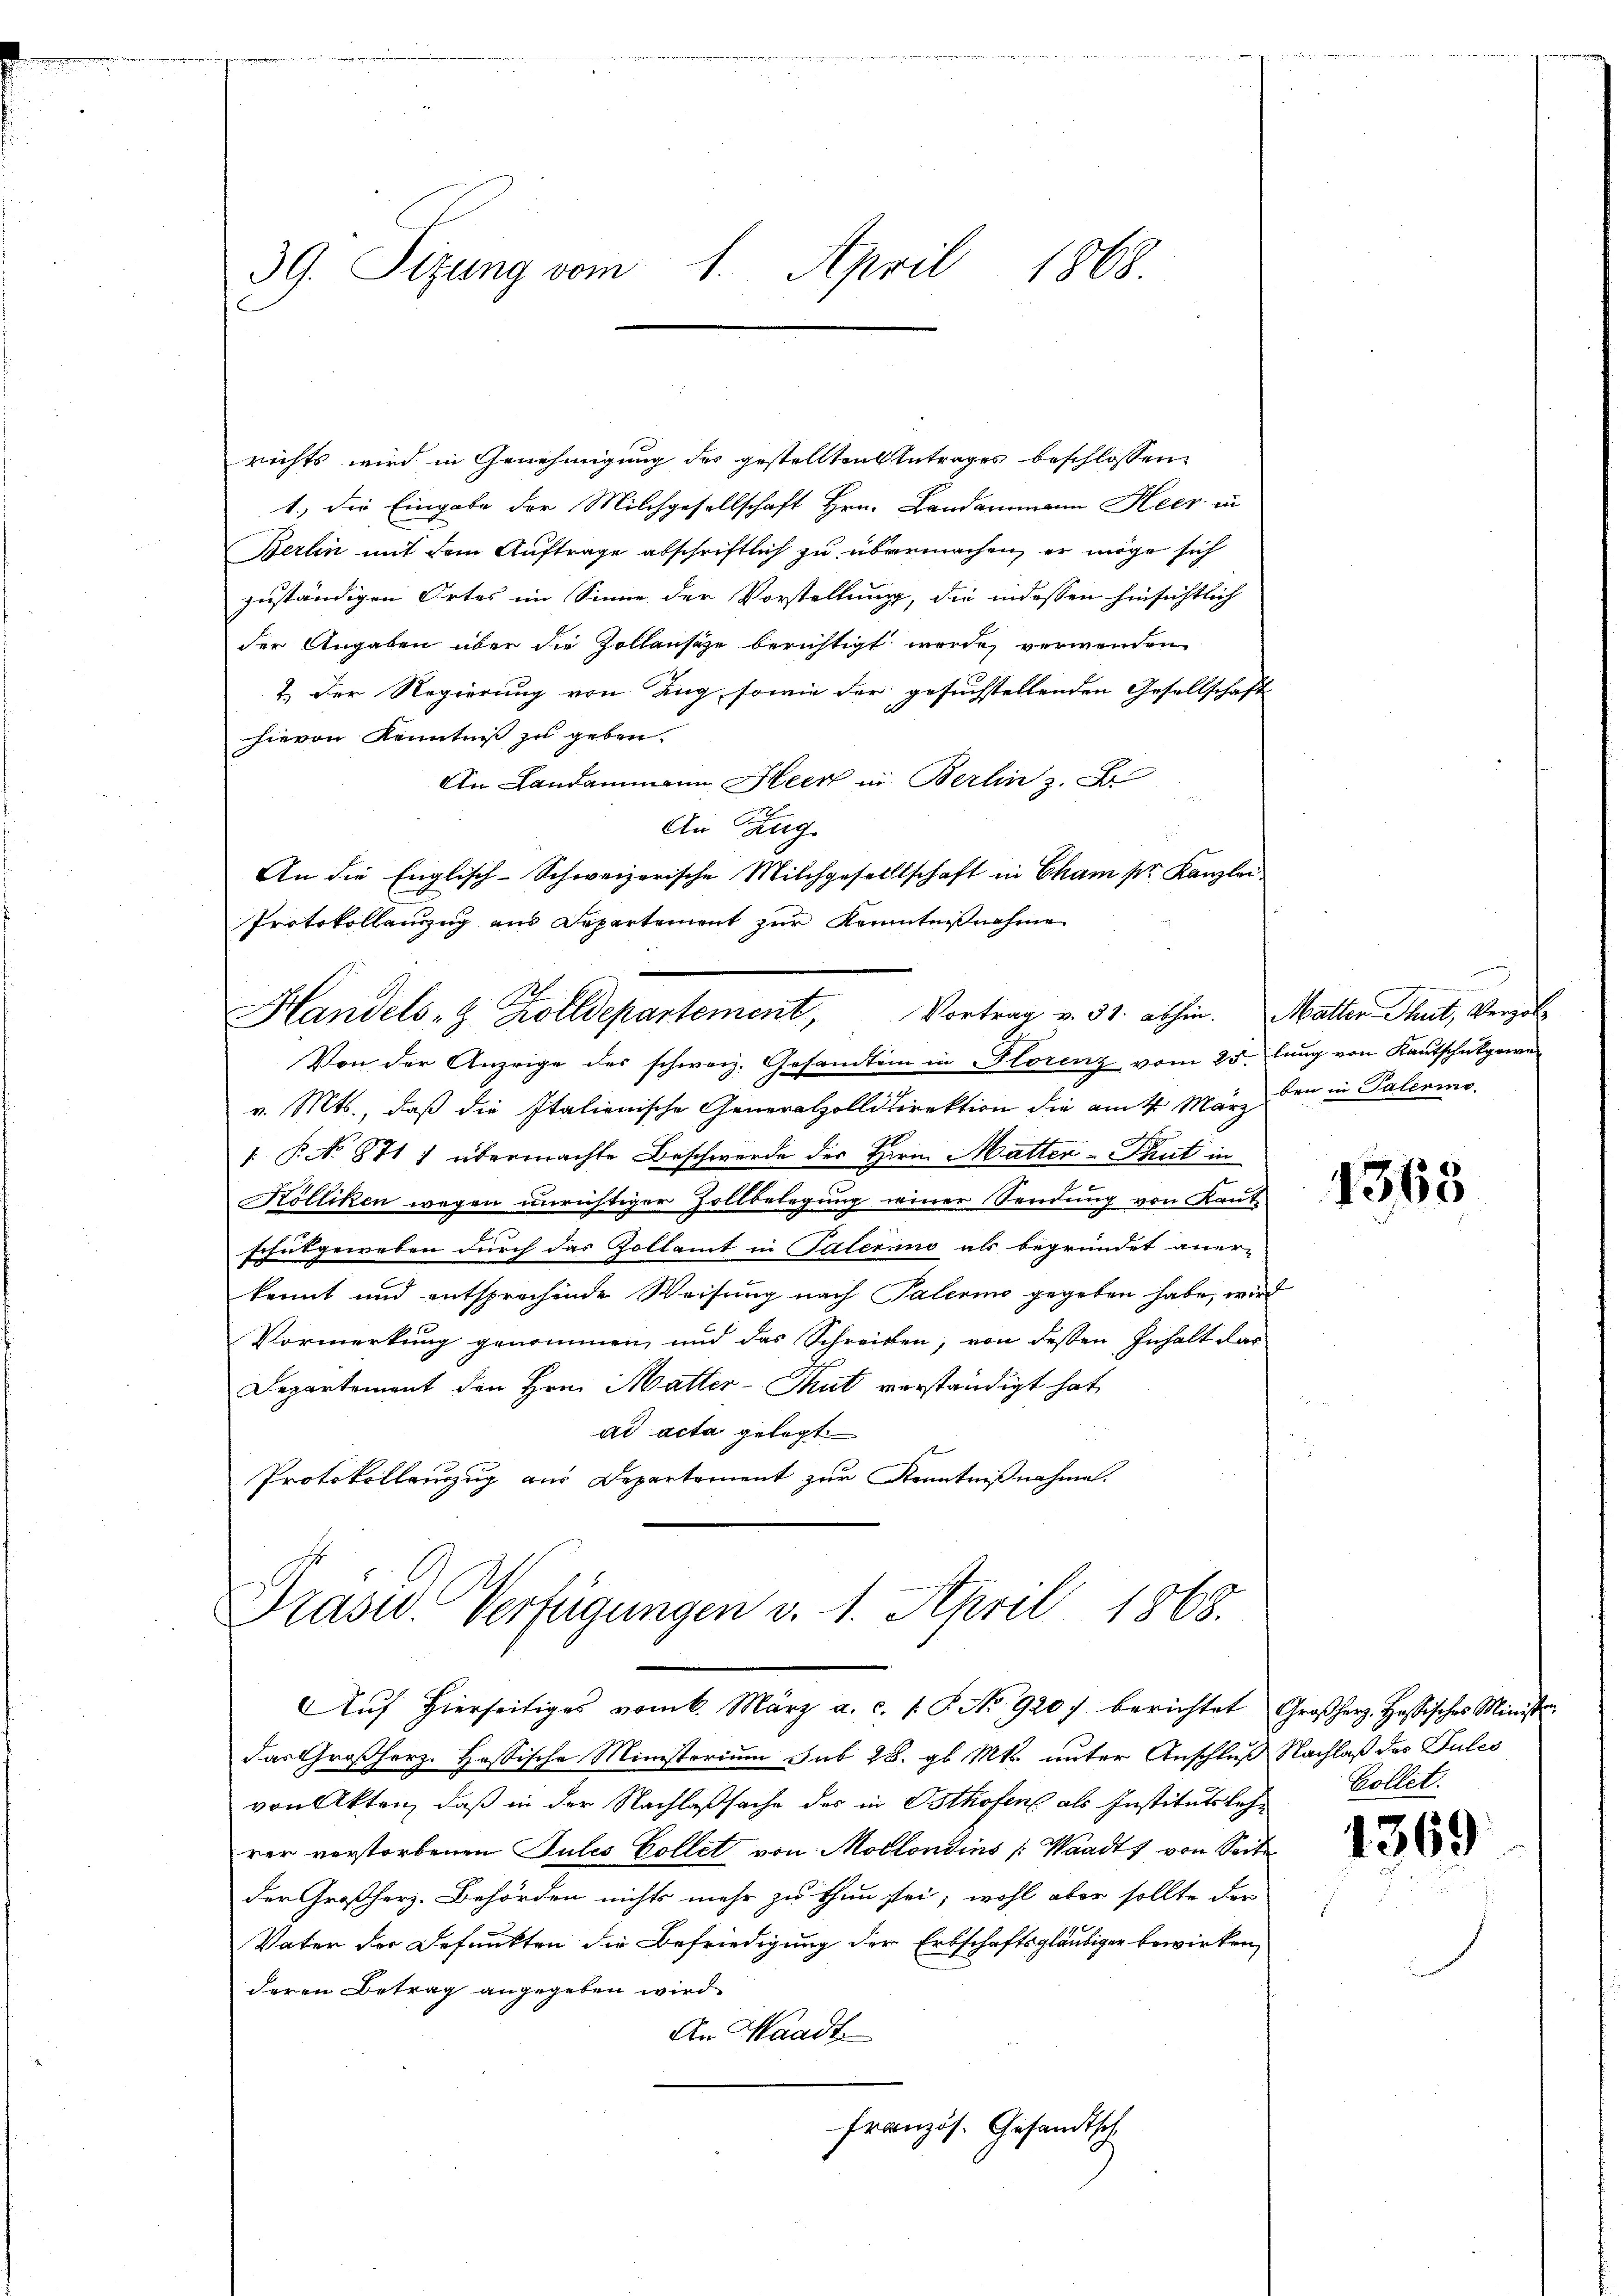
39. Sizung vom 1. April 1868.

richts wird in Genehmigung des gestellten Antrages beschlossen
1.) Die Eingabe der Milchgesellschaft Hrn. Landammann Heer in
Berlin mit dem Auftrage abschriftlich zu übermachen, er möge sich
zuständigen Ortes im Sinne der Vorstellung, die indessen hinsichtlich
der Angaben über die Zollausze berichtigt werde, verwenden
2.) Der Regierung von Zug, sowie der gesuchstellenden Gesellschaft
hievon Kenntniß zu geben.
An Landammann Heer in Berlin z. B
An Zug
An die Englisch-Schweizerische Milchgesellschaft in Cham pr. Kanzlei
Protokollenzug aus Departement zur Kenntnisnahme
Handels- & Zolldepartement, Vortrag v. 31. abhin. Matter Thut, Vergol
Von der Anzeige des schweiz. Gesandten in Florenz vom 25. Jung von Kantschere
v. Mts., daß die Italienische Generalzolldirektion die am 4. März den in Palerme
 P. No 971 ) übermachte Beschwerde der Herr Matter-Thut in
Kölliken wegen unrichtiger Zollbelegung einer Sendung von Kant
Erhutgeweben durch das Zollamt in Palernno als begründet aner-
kannt und entsprochende Weisung nach Palerino gegeben habe, wird
Vormerkung genommen, und das Schreiben, von dessen Inhalt das
Departement den Hrn. Matter-Thut verständigt hat
ad acta gelegt.
Protokollenzug aus Departement zur Kenntnißnahme.

Prasw. Verfügungen v. 1. April 1868.

das Großherz. Hassische Ministerium sub 28. gl. Mts. unter Anschluß Nachlaß des Pules
von Akten, daß in der Nachlaßsache des in Osthofens als Institutslehrer verstorbenen Julis Collet von Mottondins (Waadt, von Seite
der Großherz. Behörden nichts mehr zu thun sei; wohl aber sollte der
Vater der Defunkten die Befriedigung der Erbschaftsgläubiger bewirken,
deren Betrag angegeben wird.
An Waadt
französ. Gesandtsch

Aŭf Hierseitiges vom 6. März a. c. 1. P. No 920 berichtet Großherz. Hassisches Ministr

3

1363

Collet.

1369